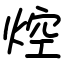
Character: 焢